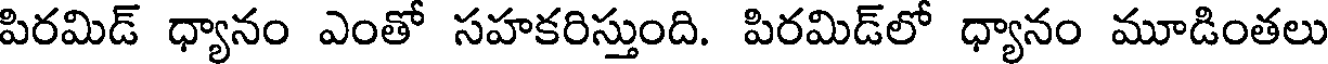
పిరమిడ్ ధ్యానం ఎంతో సహకరిస్తుంది. పిరమిడ్లో ధ్యానం మూడింతలు